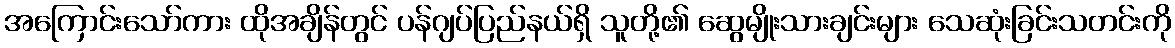
အကြောင်းသော်ကား ထိုအချိန်တွင် ပန်ဂျပ်ပြည်နယ်ရှိ သူတို့၏ ဆွေမျိုးသားချင်းများ သေဆုံးခြင်းသတင်းကို